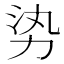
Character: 𪟛